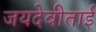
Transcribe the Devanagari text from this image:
जयदेवीताई